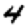
Digit: 4